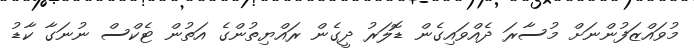
މުވައްޒަފުންނަށް މުސާރަ ދެއްވައިގެން ޑޮލަރު ދީގެން ރައްޔިތުންގެ އަތުން ޓެކްސް ނުނަގާ ކާޑު